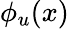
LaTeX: \phi_{u}(x)